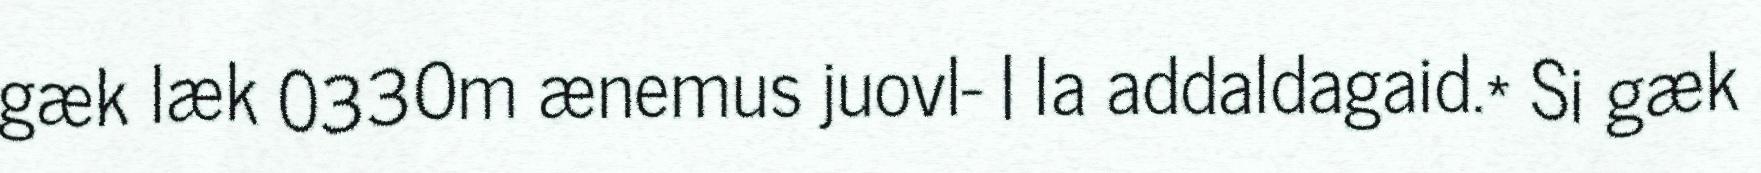
gæk læk 0330m ænemus juovl- | la addaldagaid.* Si gæk